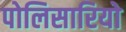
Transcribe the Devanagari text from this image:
पोलिसारियो